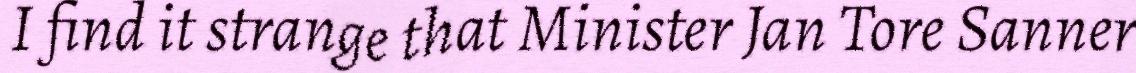
I find it strange that Minister Jan Tore Sanner